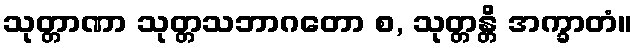
သုတ္တာဏာ သုတ္တသဘာဂတော စ, သုတ္တန္တိ အက္ခာတံ။